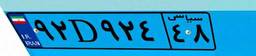
۲۳D۷۵۴۹۲